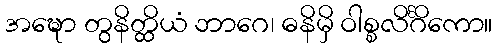
အဍ္ဎော တွနိတ္ထိယံ ဘာဂေ၊ ဓနိမှိ ဝါစ္စလိင်္ဂိကော။